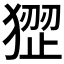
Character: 𤠏